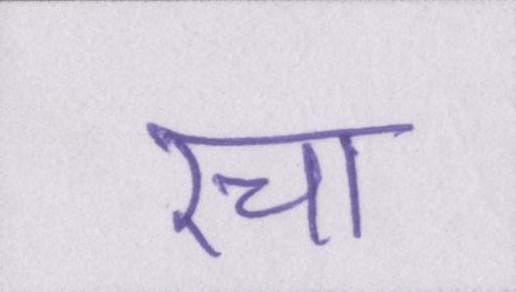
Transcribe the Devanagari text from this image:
रचा